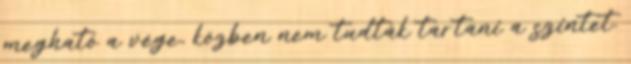
megható a vége, közben nem tudták tartani a szintet.